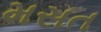
મસત